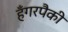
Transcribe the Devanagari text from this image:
हँगरपैकी